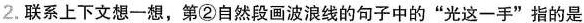
2.联系上下文想一想，第②自然段画波浪线的句子中的”光这一手”指的是 …。